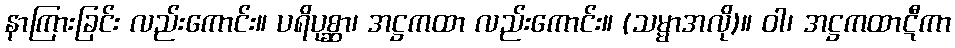
နာကြားခြင်း လည်းကောင်း။ ပရိပုစ္ဆာ၊ အဋ္ဌကထာ လည်းကောင်း။ (သမ္မာအလို)။ ဝါ၊ အဋ္ဌကထာဋီကာ